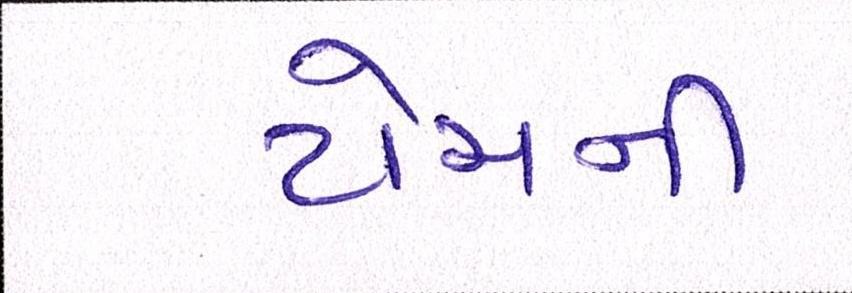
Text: ટોચની